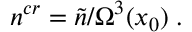
{ n } ^ { c r } = \tilde { n } / \Omega ^ { 3 } ( x _ { 0 } ) \; .